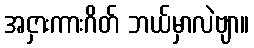
အငှားကားဂိတ် ဘယ်မှာလဲဗျာ။